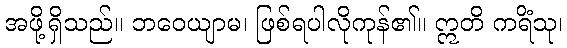
အဖို့ရှိသည်။ ဘဝေယျာမ၊ ဖြစ်ရပါလိုကုန်၏။ ဣတိ ကရိံသု၊